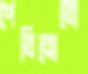
পেতিনোতো